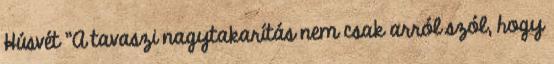
Húsvét "A tavaszi nagytakarítás nem csak arról szól, hogy